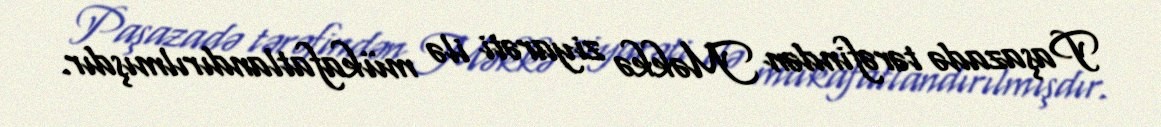
Paşazadə tərəfindən Məkkə ziyarəti ilə mükafatlandırılmışdır.